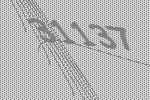
31137